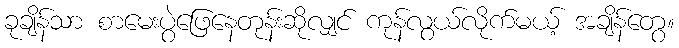
ခုချိန်သာ စာမေးပွဲဖြေနေတုန်းဆိုလျှင် ကုန်လွယ်လိုက်မယ့် အချိန်တွေ။